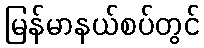
မြန်မာနယ်စပ်တွင်